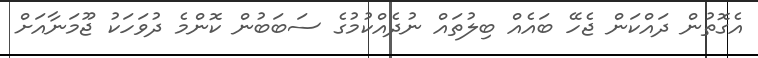
އެގޮތުން ދައްކަން ޖެހޭ ބައެއް ބިލުތައް ނުދެއްކުމުގެ ސަބަބުން ކޮންމެ ދުވަހަކު ޖޫމަނާއަށް